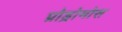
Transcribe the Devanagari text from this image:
प्रोड्रोमोस